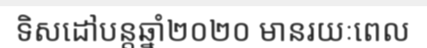
ទិសដៅបន្តឆ្នាំ២០២០ មានរយៈពេល